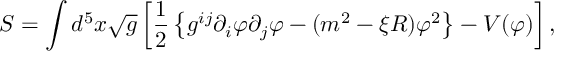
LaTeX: S = \int d ^ { 5 } x \sqrt { g } \left[ \frac { 1 } { 2 } \left\{ g ^ { i j } \partial _ { i } \varphi \partial _ { j } \varphi - ( m ^ { 2 } - \xi R ) \varphi ^ { 2 } \right\} - V ( \varphi ) \right] ,